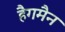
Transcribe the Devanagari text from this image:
हैगमैन